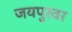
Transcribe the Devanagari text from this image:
जयपुरवर